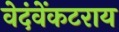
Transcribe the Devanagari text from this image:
वेदंवेंकटराय